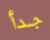
جدأ